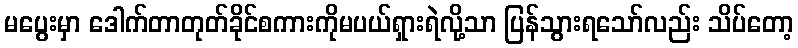
မပွေးမှာ ဒေါက်တာတုတ်ခိုင်စကားကိုမပယ်ရှားရဲလို့သာ ပြန်သွားရသော်လည်း သိပ်တော့